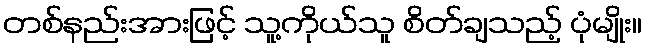
တစ်နည်းအားဖြင့် သူ့ကိုယ်သူ စိတ်ချသည့် ပုံမျိုး။